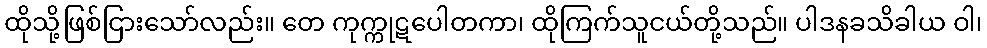
ထိုသို့ဖြစ်ငြားသော်လည်း။ တေ ကုက္ကုဋပေါတကာ၊ ထိုကြက်သူငယ်တို့သည်။ ပါဒနခသိခါယ ဝါ၊